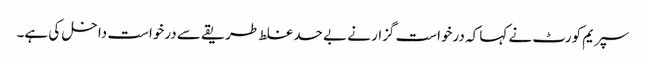
سپریم کورٹ نے کہا کہ درخواست گزار نے بے حد غلط طریقے سے درخواست داخل کی ہے۔